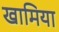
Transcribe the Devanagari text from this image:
खामिया